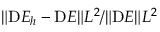
\| Ḋ \mathrm Ḋ E Ḍ Ḍ _ { h } - Ḋ \mathrm Ḋ E Ḍ Ḍ \| _ { Ḋ } L ^ { 2 } Ḍ / \| \mathrm Ḋ E Ḍ \| _ { Ḋ } L ^ { 2 } Ḍ